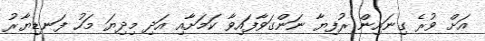
އަށް ވުރެ ގިނައިން ރުފިޔާ ނަންގަވާފައިވާ ކަމަށާއި އަދި މިދިޔަ މަހު ފަނޑިޔާރު